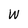
Character: W